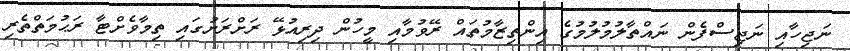
ނަޖިހާއި ނަޖިސްފެން ނައްތާލުމުލުމުގެ އިންތިޒާމުތައް ރޭވުމާއި މީހުން ދިރިއުޅޭ ރަށްރަށުގައި ތިމާވެށްޓާ ރަޙުމަތްތެރި